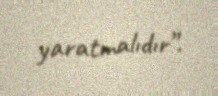
yaratmalıdır”.